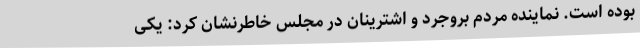
بوده است. نماینده مردم بروجرد و اشترینان در مجلس خاطرنشان کرد: یکی